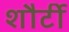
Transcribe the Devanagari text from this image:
शौर्टी